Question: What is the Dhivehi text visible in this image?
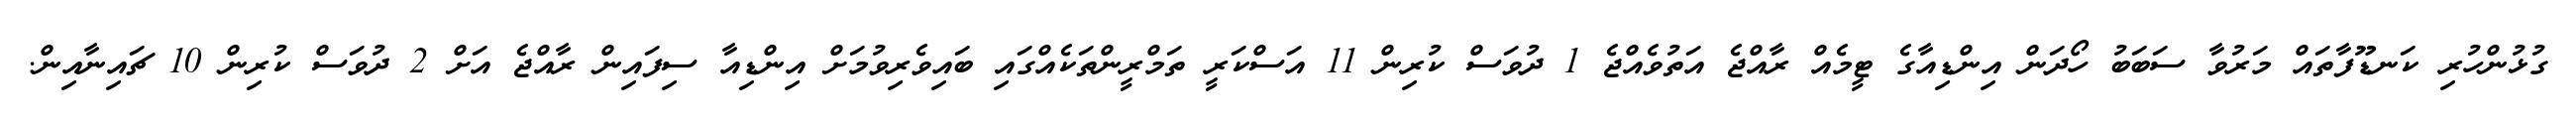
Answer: ގުޅުންހުރި ކަނޑޫފާތައް މަރުވާ ސަބަބު ހޯދަން އިންޑިއާގެ ޓީމެއް ރާއްޖެ އަތުވެއްޖެ 1 ދުވަސް ކުރިން 11 އަސްކަރީ ތަމްރީންތަކެއްގައި ބައިވެރިވުމަށް އިންޑިއާ ސިފައިން ރާއްޖެ އަށް 2 ދުވަސް ކުރިން 10 ޗައިނާއިން.